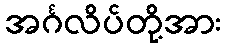
အင်္ဂလိပ်တို့အား